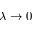
\lambda \rightarrow 0